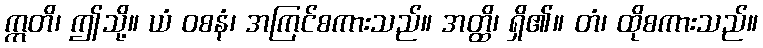
ဣတိ၊ ဤသို့။ ယံ ဝစနံ၊ အကြင်စကားသည်။ အတ္ထိ၊ ရှိ၏။ တံ၊ ထိုစကားသည်။